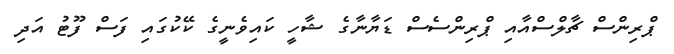
ޕްރިންސް ޗާލްސްއާއި ޕްރިންސެސް ޑަޔާނާގެ ޝާހީ ކައިވެނީގެ ކޭކުގައި ފަސް ފޫޓު އަދި